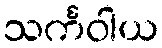
သင်္ကဝါယ